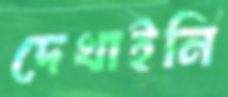
দেখাইনি